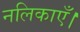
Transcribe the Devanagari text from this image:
नलिकाएँ।